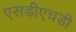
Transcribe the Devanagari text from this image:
एसडीएचडी